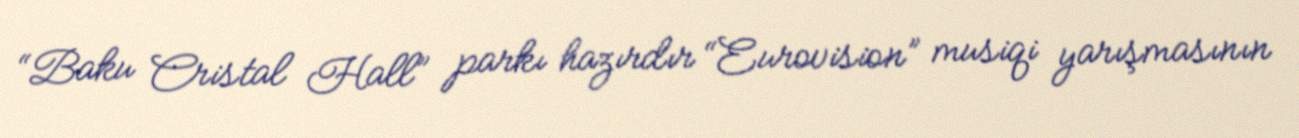
“Baku Cristal Hall” parkı hazırdır “Eurovision” musiqi yarışmasının